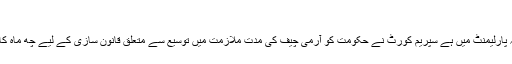
‘
اب یہ معاملہ پارلیمنٹ میں ہے سپریم کورٹ نے حکومت کو آرمی چیف کی مدت ملازمت میں توسیع سے متعلق قانون سازی کے لیے چھ ماہ کا وقت دیاہے۔